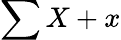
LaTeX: \sum X+x